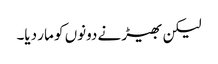
لیکن بھیڑ نے دونوں کو مار دیا۔